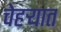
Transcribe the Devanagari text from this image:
चेहर्‍यात